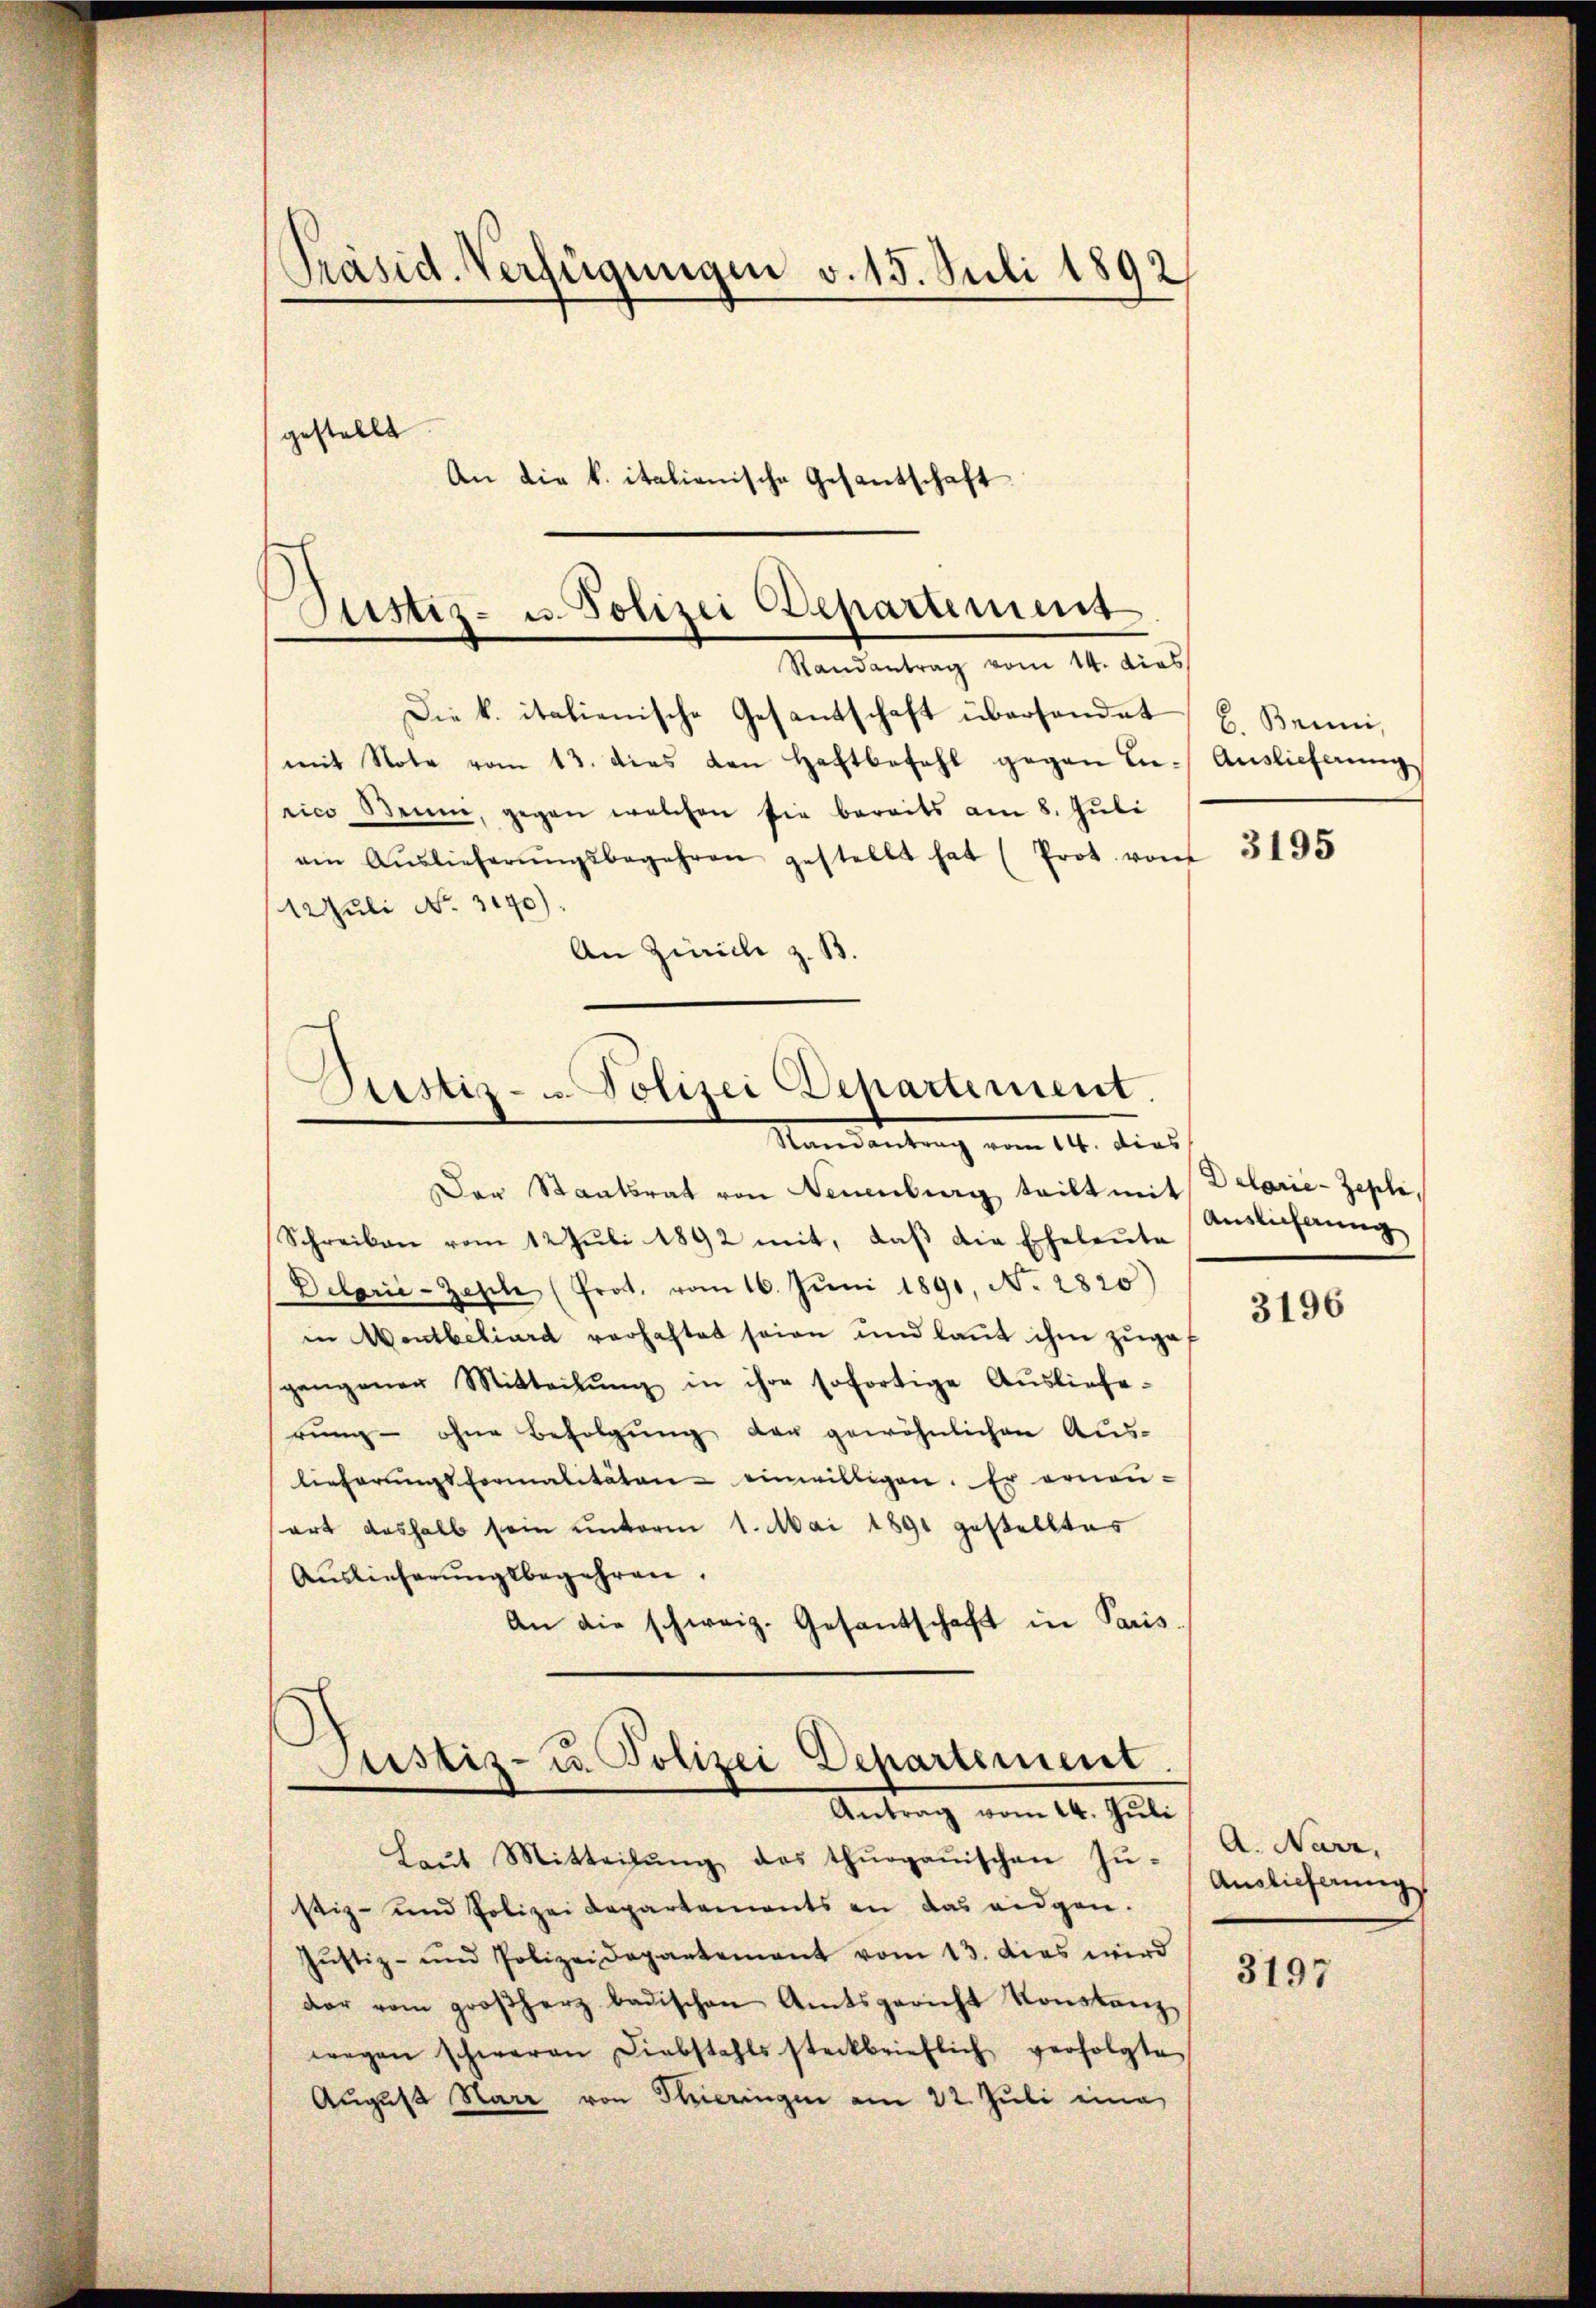
Präsid. Verfügungen v. 15. Juli 1892
gestellt
An die k. italienische Gesantschaft

)
Justiz- u. Polizei Departement
Randantrag vom 14. dies
Die k. italienische Gesandschaft übersendet, H. Brini,

mit Note vom 13. dies den Haftbefahl gegen Li- Auslieferŭng
rico Bern, gegen welchen sie bereits am 8. Juli
amn Aŭslieferŭngsbegehren gestellt hat (Prot. vom 3195
12 Juli No 3170).
An Zürich z. B.

Justiz- u Polizei Departement.
Randantrag vom 14. dies

Der Staatsrat von Neuenburg teilt mit
Schreiben vom 12. Jŭli 1892 mit, daβ die Eheleute
Delarie-Zaple (Prot. vom 16. Jŭni 1891, No. 2820)
in Montbiliard verhaftet seien und laut ihm zugef
gangener Mitteilŭng in ihre sofortige Auslieferŭng ohne Befolgŭng der gewöhnlichen Auslieferŭngsformalitäten - einwilligen. Er ernen-
ort deshalb sein unterm 1. Mai 1891 gestelltes
Auslieferungsbegehren.
An die schweiz. Gesantschaft in Paris.

Justiz- u. Polizei Departement
Antrag vom 14. Juli

Laŭt Mitteilŭng des thurganischen Zŭ-
stiz- und Polizei Departements an das eidgen.
Jŭstiz- und Polizeidepartement vom 13. dies wird
dar vom großherz badischen Amtsgericht Konstanz,
wegen schweren Diebstahls steckbrieflich verfolgte
August Harz von Thieringen am 22. Juli eine

Delarie - Zepli,
Auslicherung

3196

A. Narr,
Auslieferung

3197